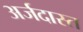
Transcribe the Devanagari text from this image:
अर्जदास्‍त